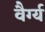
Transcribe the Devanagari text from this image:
वैर्ग्य